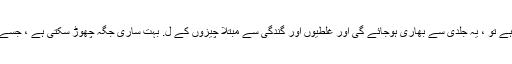
اگر آپ نے پہلے بھی ایسا کچھ نہیں کیا ہے تو ، یہ جلدی سے بھاری ہوجائے گی اور غلطیوں اور گندگی سے مبتلا چیزوں کے ل. بہت ساری جگہ چھوڑ سکتی ہے ، جسے درست کرنا مشکل یا مہنگا پڑسکتا ہے۔